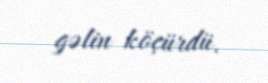
gəlin köçürdü.